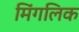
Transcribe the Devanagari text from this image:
मिंगलिक